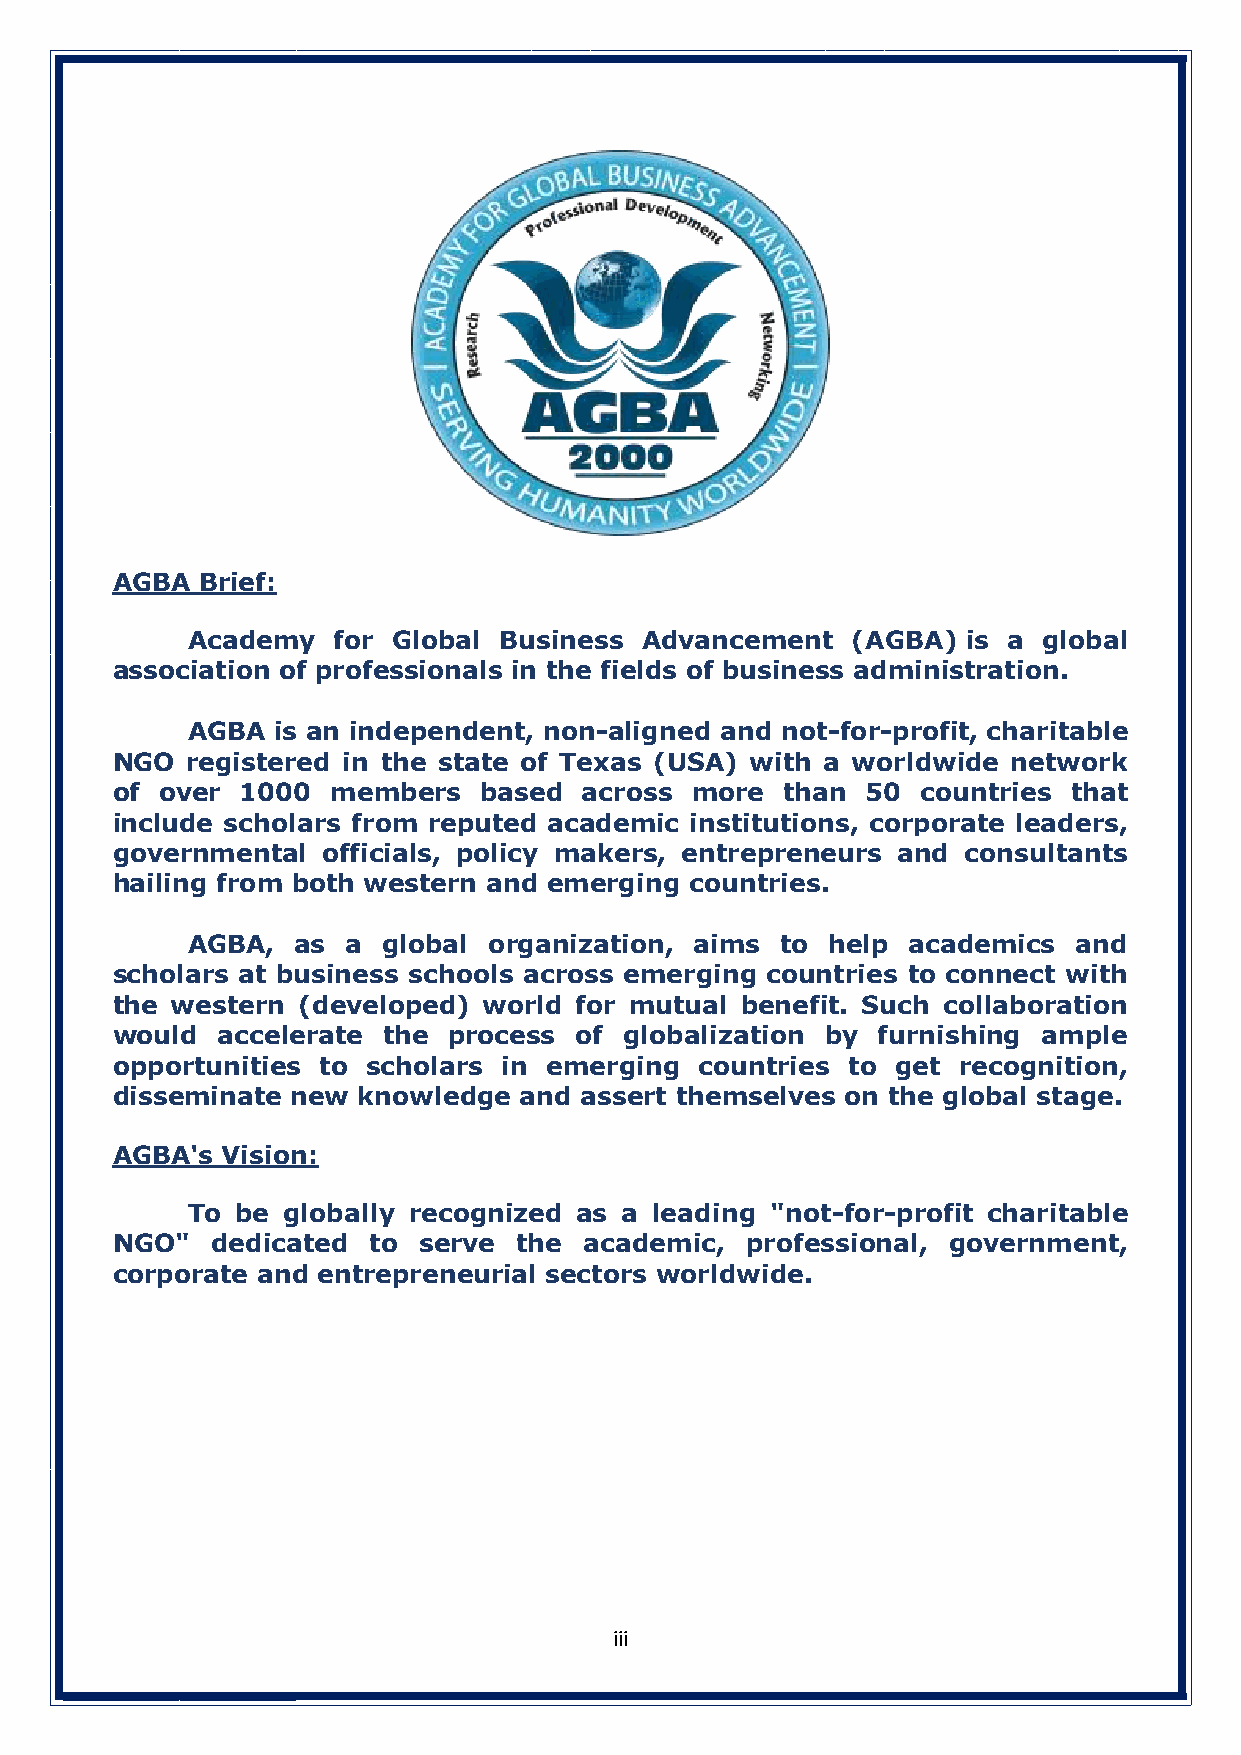
AGBA  Brief:
 Academy   for Global Business Advancement   (AGBA)  is a global
 association of professionals in the fields of business administration.
 AGBA  is an independent, non-aligned and not-for-profit, charitable
 NGO  registered in the state of Texas (USA) with a worldwide network
 of  over 1000  members   based  across more  than 50  countries that
 include scholars from reputed academic institutions, corporate leaders,
 governmental  officials, policy makers, entrepreneurs and consultants
 hailing from both western and emerging countries.
 AGBA,  as  a global organization, aims  to help academics  and
 scholars at business schools across emerging countries to connect with
 the western  (developed) world for mutual benefit. Such collaboration
 would  accelerate the  process of globalization by furnishing ample
 opportunities to scholars in emerging  countries to get recognition,
 disseminate new  knowledge and assert themselves on the global stage.
 AGBA's  Vision:
 To  be globally recognized as a leading "not-for-profit charitable
 NGO"   dedicated to  serve the  academic, professional, government,
 corporate and entrepreneurial sectors worldwide.
 iii